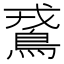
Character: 𪀵